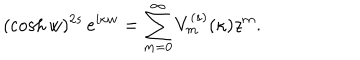
LaTeX: ( \cosh w ) ^ { 2 s } \, e ^ { i \kappa w } = \sum _ { m = 0 } ^ { \infty } V _ { m } ^ { ( s ) } ( \kappa ) z ^ { m } .